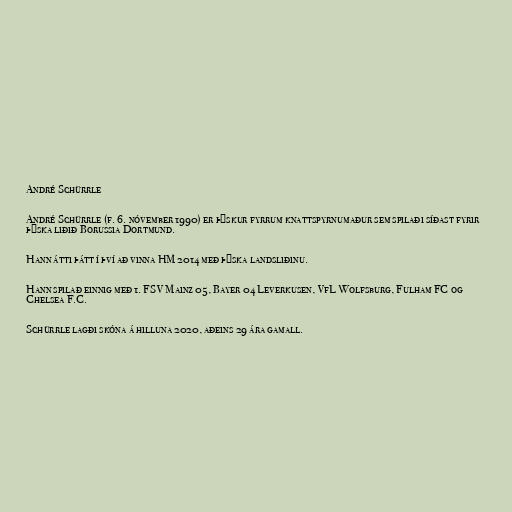
André Schürrle

André Schürrle (f. 6. nóvember 1990) er þýskur fyrrum knattspyrnumaður sem spilaði síðast fyrir
þýska liðið Borussia Dortmund.

Hann átti þátt í því að vinna HM 2014 með þýska landsliðinu.

Hann spilað einnig með 1. FSV Mainz 05, Bayer 04 Leverkusen, VfL Wolfsburg, Fulham FC og
Chelsea F.C.

Schürrle lagði skóna á hilluna 2020, aðeins 29 ára gamall.